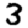
Digit: 3